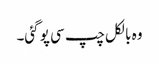
وہ بالکل چپ سی پو گئی۔